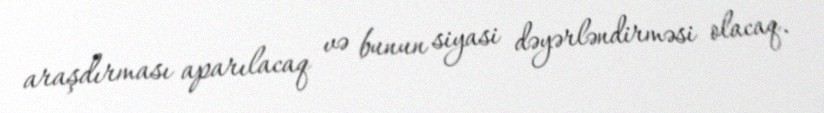
araşdırması aparılacaq və bunun siyasi dəyərləndirməsi olacaq.